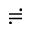
\risingdotseq